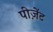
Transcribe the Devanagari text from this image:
पीज़ेंट